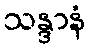
သန္ဒာနံ